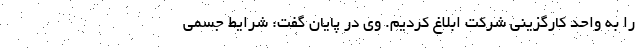
را به واحد کارگزینی شرکت ابلاغ کردیم. وی در پایان گفت: شرایط جسمی